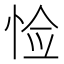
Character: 𪫺